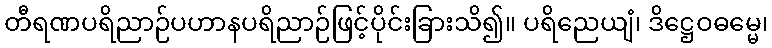
တီရဏပရိညာဉ်ပဟာနပရိညာဉ်ဖြင့်ပိုင်းခြားသိ၍။ ပရိညေယျံ၊ ဒိဋ္ဌေဝဓမ္မေ၊